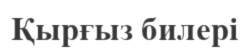
Қырғыз билері